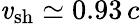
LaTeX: \mathit{v}_{\mathrm{{sh}}}\simeq0.93\, c